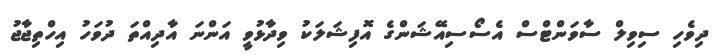
ދިވެހި ސިވިލް ސާވަންޓްސް އެސޯސިއޭޝަންގެ އޮފިޝަލަކު ވިދާޅުވީ އަންނަ އާދިއްތަ ދުވަހު އިހްތިޖާޖު